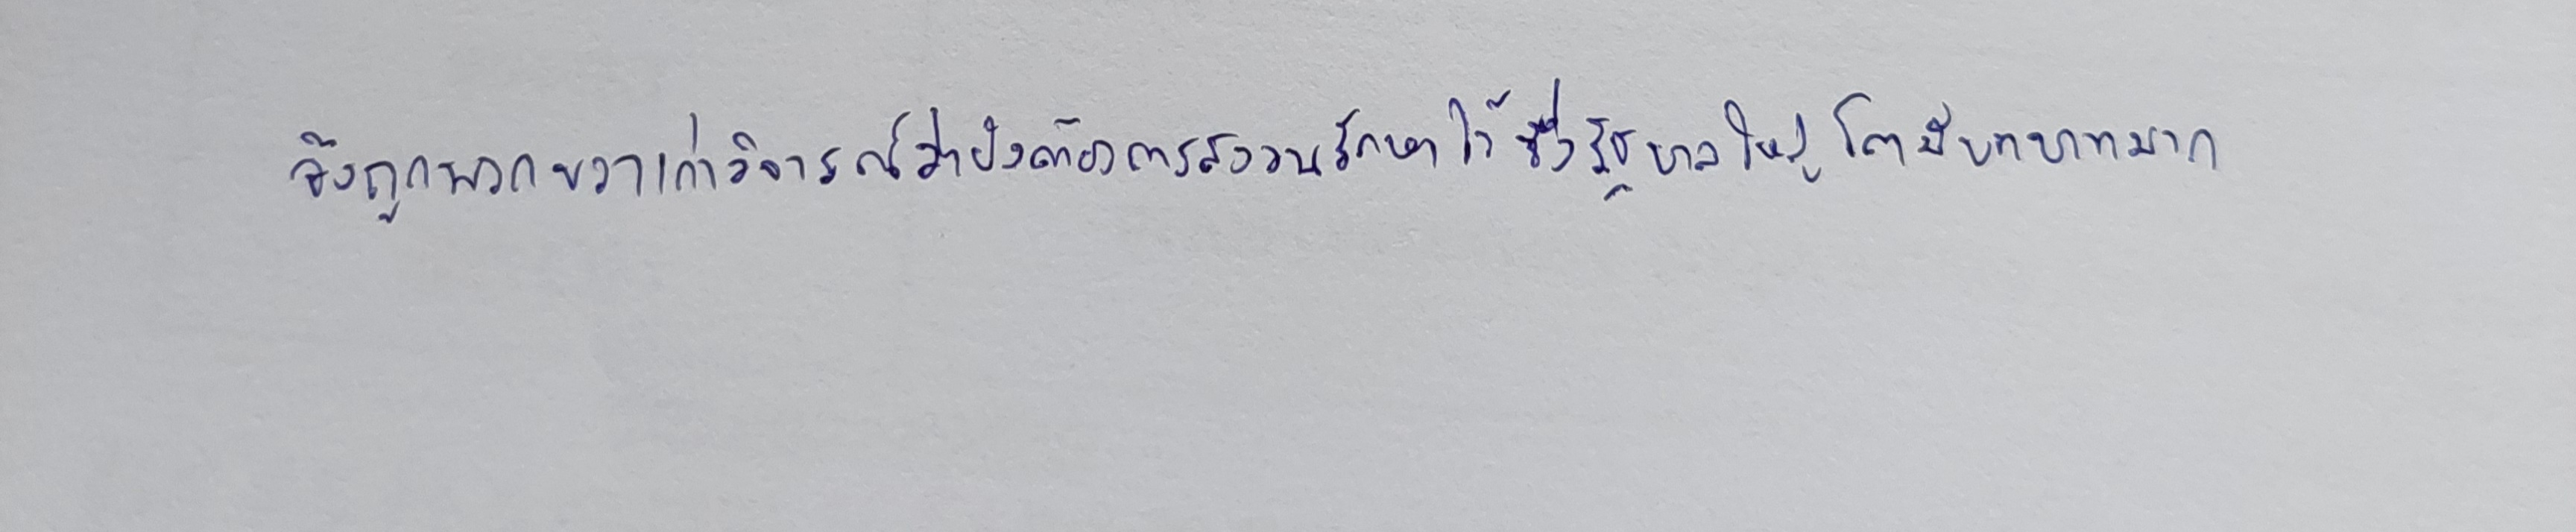
จึงถูกพวกขวาเก่าวิจารณ์ว่ายังต้องการสงวนรักษาไว้ซึ่งรัฐบาลใหญ่โตมีบทบาทมาก